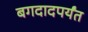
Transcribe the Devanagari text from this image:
बगदादपर्यंत